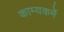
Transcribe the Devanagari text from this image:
काम्यकर्मे